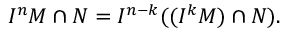
I ^ { n } M \cap N = I ^ { n - k } ( ( I ^ { k } M ) \cap N ) .